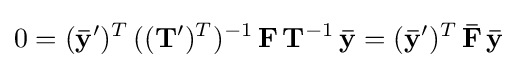
0=(\mathbf {\bar {y}} ')^{T}\,((\mathbf {T} ')^{T})^{-1}\,\mathbf {F} \,\mathbf {T} ^{-1}\,\mathbf {\bar {y}} =(\mathbf {\bar {y}} ')^{T}\,\mathbf {\bar {F}} \,\mathbf {\bar {y}}